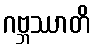
ဂဗ္ဘဿာတိ